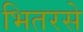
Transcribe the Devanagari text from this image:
भितरसे